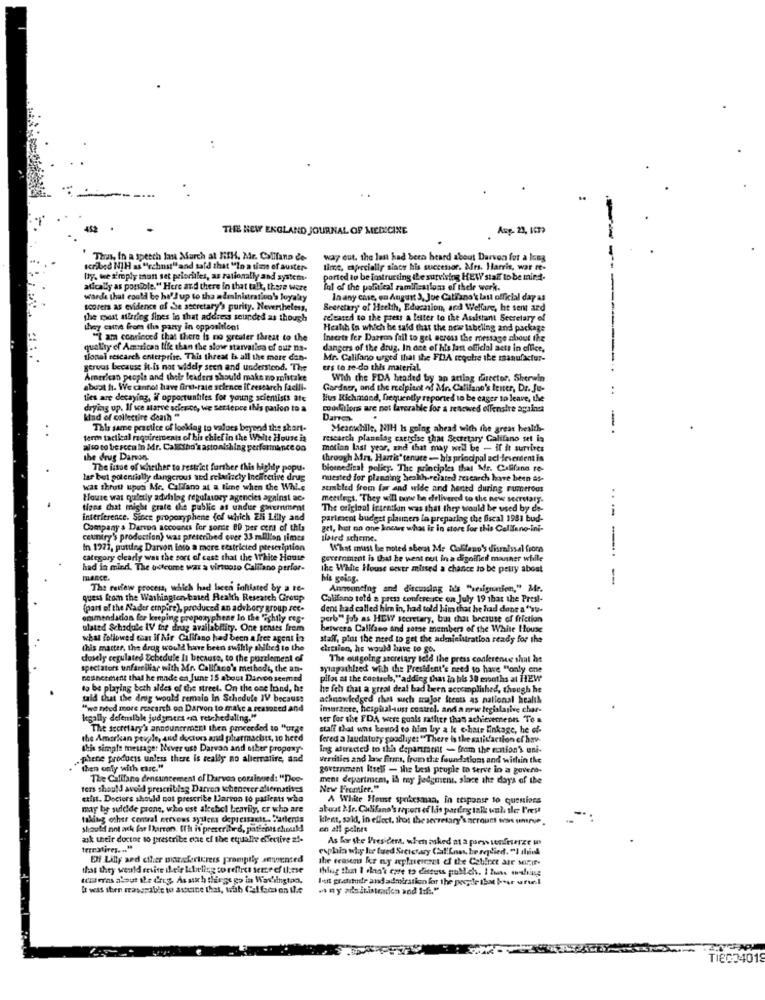
...
...
THE NEW ENGLAND JOURNAL OF MEDICINE
Aug- 23, 1679
Thus, In a speech lan March at HIH, Mr. Calllana de
way out. the last had been heard about Durven for a long
scribed NIH as "rchust"and said that "In a time of auster-
time, especially since his successor. Afrs. Harris, war re-
ly. we simply man set prioriles, as rationally and system-
ported to be instructing the surviving HEW staff to be mind.
atically as possible." Here and there in that talk, there were
inl of the political zamiliestloss of thele work.
wards that could be he's up to tha administration's loyalty
In any case, on August 3, Joe Catlana's latt official day as
scovers as evidence of Se secretary's purity. Nevertheless,
Secretary of Heelth, Education, and Welfare, he sent ard
the post surring fines in that address sounded as though
released to the press a letter to the Assistant Secretary of
they catte from the party in oppositiont
Heath in which he said that the news labeling and package
"I am convinced that there is no greater threat to the
Inserts fer Darron fall to gel across the roessage about the
quality of American life than the slow starvalica of our na-
dangers of the drug. In ace of his latt official aett in office,
tional rescarch enterprise. This threat is all the more dan-
Mr. Califano urged that the FDA regotre ibe manufactor-
gervas because it is not widely seen and understood. The
ers to re-do this material.
American people and their leaders should make no mistake
With the FDA headed by an attlag director. Sherwin
abupt ft. We cannot have first-rate science il research facili-
Gardner, and the recipient of Mr. Califano's tener, Dr. Je-
..
ties are decaying, if opportunfiles for young scientists ate
lius Richmond, frequently reported to be eager to leave, the
drying up. Il ve sarve ackerice, we sertepce this panion to a
conditions are not laverable for a renewed offenstre against
kind of collecting death "
Darren-
This same practice of looklag to values beyond the short-
Meanwhile, NIH Is going ahead with the great health-
-
term tactical requirements of bis chief in the White House is
research planning exercise that Secretary Califano set is
also to be secu in Mr. Calctho's astonishing performance oo
motian last year, and that may well be - if it survives
the drug Darvon.
through Mrs. Harris' tenure - his principal acl feverdent is
The issue of whether to restrict further this highly popu.
biomedical policy. The principles that Mr. Califano re-
lar bel potentially dangerous und relarincty Incifective drug
mested for planning health-related research have been as-
wat thrott upon Me. Califano at a time when the Whi.e
sunbled from far and wide and hened during numerous
House was quietly advhlag regulatory agencies against ac-
metilegt. They will now be delivered to the new secretary.
tions that might grate die public as undue gavemment
The original intratkin was that they would be used by de-
interference. Since propoxyphene (of which Eli Lilly and
partenot budget planners in preparing the fiscal 1981 bud-
Company a Darvon accoones for sonne 80 per cent of this
gel, hust no one knows what is in store for this Celllano-Ini-
ceuniry's production) was prescribed over 33 million jimes
ilated scheme.
In 1972, putting Darvon into a more restricted prescription
What must be noted sboru Me Colfano's dismissal froro
category clearly was the sort of cast that the White House
government is that he went out in a digoified manner while
had in mind. The offcome was a virtuoso Califano perfor-
the White House eever missed a chance to be peuy aboat
mance.
big going.
-
The raifew process, which had lseen Bohilated by a te-
Announcing and discussing ids "resignation," Mr.
quess from the Washington-based Realth Research Group
Califano told a press conference on July 19 that the Presl-
(part of the Nader empire), produced an advbory group sec.
dent had called him in, had told him that he had done a "su-
ommendation for keeping propor phene In the "ichily res-
perb" jab as HEW secretary, bus that because of friction
ulated Schedule IV the drug availability. One sensts frem
between Califano and some members of the White House
what followed that If Nir Califano had been a free agent iz
staff, plus the need to get the administration ready for the
this matter, the drug would have been swilly ahilied to the
chesien, he would have to go.
dosely regulated Schedule It because, to the puzzlement of
The outgoing secretary teld the press conference shal hat
spectators unfareillar with Mr. Callfaco's methodi, the an-
sylapathled with the President's need to have "only one
nostheement that he made en June 15 about Darvon seemed
pilas at the costsels, "addieg that in his 30 emonths at HEW
to be playing beth aldes of the street. On the one hand, he
he ich that a great deal bad been accomplished, though he
said that the drog would remain In Schedule IV because
acknowledged that such major itents as national health
"we need more rescarch on Darvon to make a reasoned and
imuracre, heightal-auss costrel. and a new legislative char-
legally defemible judymers en retcheduling."
ver for the FDA were goals rather than achievements To a
The secretary's announcement then proceeded to "urge
staff that wns bound to him by a k chate linkage, he of-
the Amerkan peuple, and doctors and pharmacists, 10 heed
fered a laudatory goodliye: "There is the satisfaction cf have
this simple message: Never use Darvan and siber propoxy-
Ing attracted to ilh department - frem the nation's uni-
phene products unless there is really no alternative, and
versities and law firms, from the foundations and within the
then only with care."
government Itself - the best people to serve in a govers-
The Califano dencutement of Darvos comsinned: "Dee-
ment department, is my jedgment, since the day's of the
ters should avoid prescribing Darron whenever alternatives
New Frontier."
ethit. Docters should not prescribe Larvon to patients who
A White House spokesman, in tespanse to queniers
may be suldde prone, who est alechel heavily, er who are
abust Mr. Califano's top.ors of his pardeg talk wal ser V'rest
taking other central nervous systems depressaett. Parents
klent, said, in effect, that the secretary's arrount was unsnye.
should not ack far Darcon. [1 h is prescribed, patients should!
en all peinte
ask their doctor to prescribe cae ef the equalle effective z !-
As her the President. when asked at a pory senfiserze w
expchia why he tued Secictary Cal Lno, he replied. "I slind
Di Lilly and cther marefericress promptly sewensed
the seascon for ny aplaterest of the Cabinet ate Mifir-
that they weald ervite il eir letiling to reflect serce of theme
thing that I olan's core to discuss publich. I Zuas wwwbing
telleras about ile darg. Assixth things go in War'singtao.
Iett gratitude and admiration for the people that hour uriel
TIEC34019